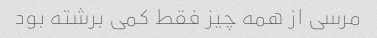
مرسی از همه چیز فقط کمی برشته بود